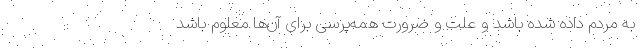
به مردم داده شده باشد و علت و ضرورت همه‌پرسی برای آن‌ها معلوم باشد